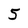
Character: 5